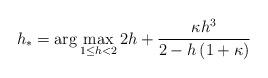
LaTeX: \begin{align*} \begin{aligned} h_* = \arg \max_{1 {} \leq {} h < 2} 2 h + \frac{\kappa h^3}{2-h\left(1+\kappa\right)} \end{aligned}\end{align*}